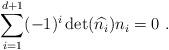
LaTeX: \begin{align*}\sum_{i=1}^{d+1} (-1)^i \det(\widehat{n_i}) n_i =0 \ . \end{align*}